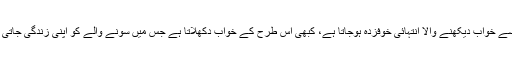
کبھی تو وہ کسی ڈراؤنی شکل وصورت میں نظر آتا ہے جس سے خواب دیکھنے والا انتہائی خوفزدہ ہوجاتا ہے، کبھی اس طرح کے خواب دکھلاتا ہے جس میں سونے والے کو اپنی زندگی جاتی نظر آتی ہے جیسے وہ دیکھتا ہے کہ میرا سر قلم ہوگیا وغیرہ۔